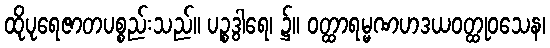
ထိုပုရေဇာတပစ္စည်းသည်။ ပဉ္စဒွါရေ၊ ၌။ ဝတ္ထာရမ္မဏဟဒယဝတ္ထုဝသေန၊